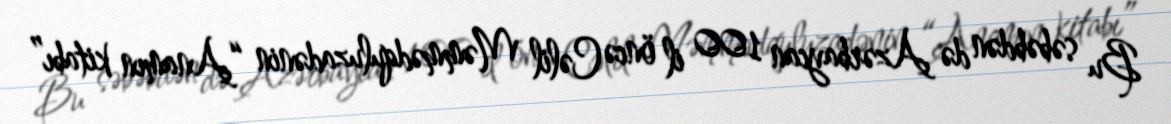
Bu səbəbdən də Azərbaycan 100 il öncə Cəlil Məmmədquluzadənin “Anamın kitabı”